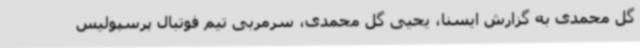
گل محمدی به گزارش ایسنا، یحیی گل محمدی، سرمربی تیم فوتبال پرسپولیس